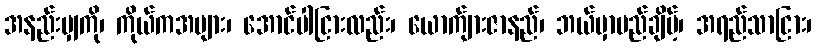
အနည်းမျှကို၊ ကိုယ်ကအများ၊ အောင်ပါငြားလည်း၊ ယောက်ျားဇာနည်၊ ဘယ်မှာမည်ချိမ့်၊ အရည်သာငြား၊